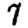
Digit: 7